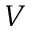
V